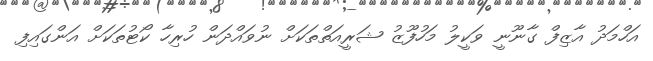
އަހްމަދު އާޒިފް ގާނޫނީ ވަކީލު މަހުފޫޒު ޝަރީއަތްތަކަށް ނުވައްދަން ހުރިހާ ކޯޓުތަކަށް އަންގައިފި